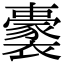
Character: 𧞢